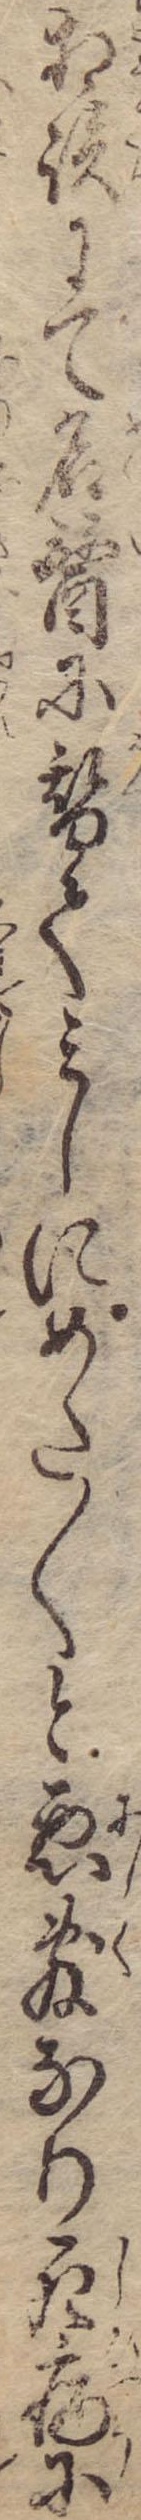
相談にて名医に替てみしにめた〱と悪敷なり死病に